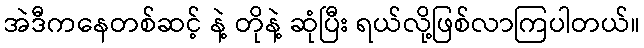
အဲဒီကနေတစ်ဆင့် နဲ့ တိုနဲ့ ဆုံပြီး ရယ်လို့ဖြစ်လာကြပါတယ်။